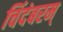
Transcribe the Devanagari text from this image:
चिंदंबरम्